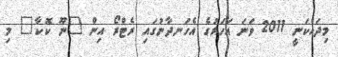
މިދައްކަނީ 2011 ވަނަ އަހަރުގެ އެހަނދާނުގައި ރެޓްރޯ އިން "ނޫ ކޮކާ" މި